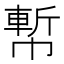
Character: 𢄤